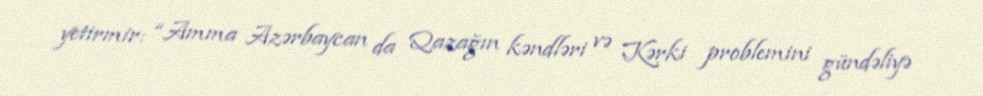
yetirmir: “Amma Azərbaycan da Qazağın kəndləri və Kərki problemini gündəliyə